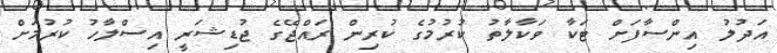
އަދުލު އިންސާފަށް ޓަކާ ވަކާލާތު ކުރުމުގެ ކުރިން ރައްޖޭގެ ޖުޑިޝަރީ އިސްލާހު ކުރުމަށް